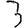
Digit: 3